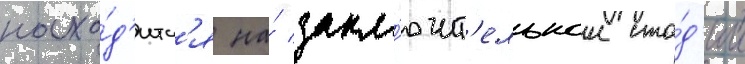
нахо́д'итс'я на́ закл'ючит'ельнои ста́д'ии